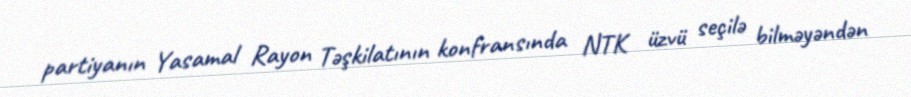
partiyanın Yasamal Rayon Təşkilatının konfransında NTK üzvü seçilə bilməyəndən